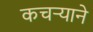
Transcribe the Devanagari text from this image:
कचऱ्याने